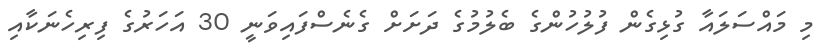
މި މައްސަލައާ ގުޅިގެން ފުލުހުންގެ ބެލުމުގެ ދަށަށް ގެނެސްފައިވަނީ 30 އަހަރުގެ ފިރިހެނަކާއި